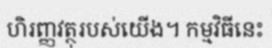
ហិរញ្ញវត្ថុរបស់យើង។ កម្មវិធីនេះ